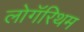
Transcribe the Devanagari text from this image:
लोगॅरिथम